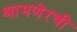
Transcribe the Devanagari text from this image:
श्रामणेरची